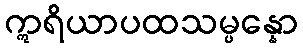
ဣရိယာပထသမ္ပန္နော